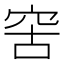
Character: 𥥖